Medical and sanitary report of the native army of Bengal for the year
Year: 1875
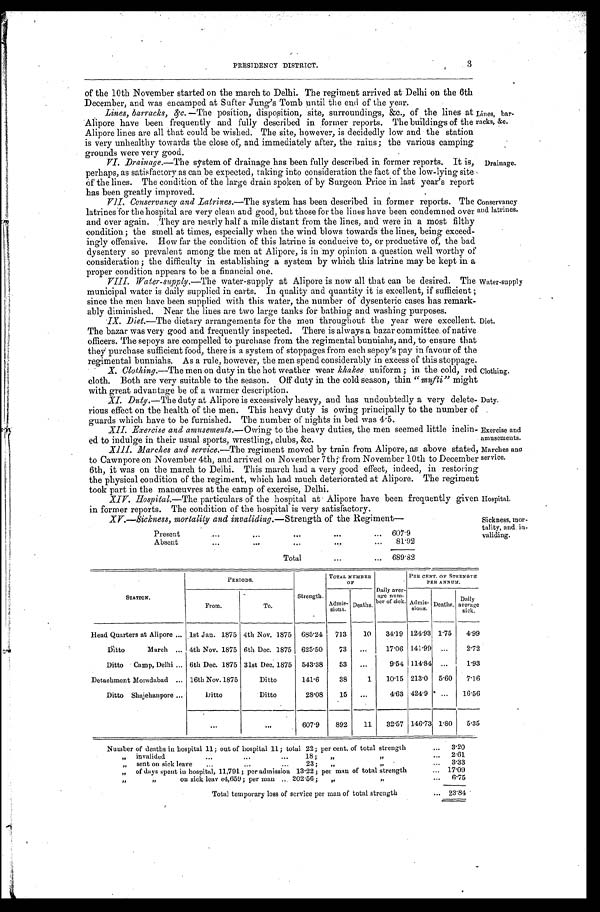
Clothing.
Duty.
Exercise and
amusements.
Marches and
service.
3
PRESIDENCY DISTRICT.
of the 10th November started on the march to Delhi. The regiment arrived at Delhi on the 6th
December, and was encamped at Sufter Jung's Tomb until the end of the year.
Lines, barracks, &c .—The position, disposition' site, surroundings, &c., of the lies at
Alipore have been frequently and fully described in former reports. The buildings of the
Alipore lines are all that could be wished. The site, however, is decidedly low and the station
is very unhealthy towards the close of; and immediately after, the rains; the various camping
grounds were very good.
Lines, bar
-racks, &c.
VI. Drainage .—The system of drainage has been fully described in former reports. It is,
perhaps, as satisfactory as can be expected, taking into consideration the fact of the low-lying site
of the lines. The condition of the large drain spoken of by Surgeon Price in last year's report
has been greatly improved.
V I I . C o n s e r v a n c y a n d L a t r i n e s.
— T h e
s y s t e m h a s b e e n d e s c r i b e d i n f o r m e r r e p o r t s . T h e
latrines for the hospital are very clean and good, but those for the lines have been condemned over
and over again. They are nearly half a mile distant from the lines, and were in a most filthy
condition; the smell at times, especially when the wind blows towards the lines, being exceed
-ingly offensive. How far the condition of this latrine is conducive to, or productive of, the bad
dysentery so prevalent among the men at Alipore, is in my opinion a question well worthy of
consideration; the difficulty in establishing a system by which this latrine may be kept in a
proper condition appears to be a financial one.
VIII. Water-supply .—The water-supply at Alipore is now all that can be desired. The
municipal water is daily supplied in carts. In quality and quantity it is excellent, if sufficient;
since the men have been supplied with this water, the number of dysenteric cases has remark
- a b l y d i m i n i s h e d . N e a r t h e l i n e s a r e t w o l a r g e t a n k s f o r b a t h i n g a n d w a s h i n g p u r p o s e s .
IX. Diet .—The dietary arrangements for the men throughout the year were excellent.
The bazar was very good and frequently inspected. There is always a bazar committee of native
officers. The sepoys are compelled to purchase from the regimental bunniahs, and, to ensure that
they purchase sufficient food, there is a system of stoppages from each sepoy's pay in favour of the
regimental bunniahs. As a rule, however, the men spend considerably in excess of this stoppage.
Drainage.
Conservancy
and latrines.
Water-supply
Diet.
X. Clothing .—The men on duty in the hot weather wear khakee uniform; in the cold, red
cloth. Both are very suitable to the season. Off duty in the cold season, thin "mufti " might
with great advantage be of a warmer description.
X I . D u t y .—The duty at Alipore is excessively heavy, and has undoubtedly a very delete
-ri ous effect on t he heal t h of t he men. Thi s heavy dut y i s owi ng pri nci pal l y t o t he number of
guards which have to be furnished. The number of nights in bed was 4.5.
XII. Exercise and amnsements .—Owing to the heavy duties, the men seemed little inclin
-ed to indulge in their usual sports, wrestling, clubs, &c.
XIII. Marches and service .—The regiment moved by train from Alipore, as above stated,
to Cawnpore on November 4th, and arrived on November 7th from November 10th to December
6th, it was on the march to Delhi. This march had a very good effect, indeed, in restoring
the physical condition of the regiment, which had much deteriorated at Alipore. The regiment
took part in the manœuvres at the camp of exercise, Delhi.
XIV. Hospital.—The particulars of the hospital at Alipore have been frequently given
in former reports. The condition of the hospital is very satisfactory.
Hospital.
XV.—Sickness, mortality and invaliding .—Strength of the Regiment—
Present . . .
607.9
Absent . . .
81.92
Total . . .
689.82
Sickness, mor
-tality, and. in
-validing.
STATION.
PERIODS.
Strength.
TOTAL NUMBER
O F
Daily aver-
age num-
ber of sick.
PER CENT. OF STRENGTH
PER ANNUM.
From.
To.
Admis-sions. Deaths.
Admis-
sions. Deaths.
Daily average
sick.
Head Quarters at Alipore . . . 1st Jan. 1875 4th Nov. 1875 685.24
713
10
34.19 124.93 1.75
4.99
Ditto March . . . 4th Nov. 1875 6th Dec. 1875 625.50
73
. . .
17.06 141.99
. . .
2.72
Ditto Camp, Delhi . . . 6th Dec. 1875 31st Dec. 1875 543.38
53
. . .
9.54 114.84
. . .
1.93
Detachment Moradabad . . . 16th Nov. 1875
Ditto
141.6
38
1
10.15 213.0
5.60
7.16
Ditto Shajehanpore . . .
Ditto
Ditto
28.08
15
. . .
4.63 424.9 . . .
16.56
. . .
. . .
607.9
892
11
32.57 146.73 1.80
5.35
Number of deaths in hospital 11; out of hospital 11; total 22; per cent. of total strength . . .
3.20
" invalided . . 18; " " . . .
2.61
" s e n t o n s i c k l e a v e . . . 2 3 ; " "
3.33
" of days spent in hospital, 11,791; per admission 13.22 ; per man of total strength
. . .
17.09
" " on sick leav e4,659; per man . . . 202.56; " " . . .
6.75
Total temporary loss of service per man of total strength . . . 23.84